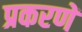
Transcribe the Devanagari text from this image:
प्रकरणें